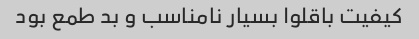
کیفیت باقلوا بسیار نامناسب و بد طمع بود